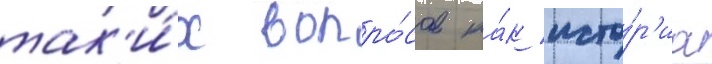
так'и́х вопро́сов ка́к исто́р'иа